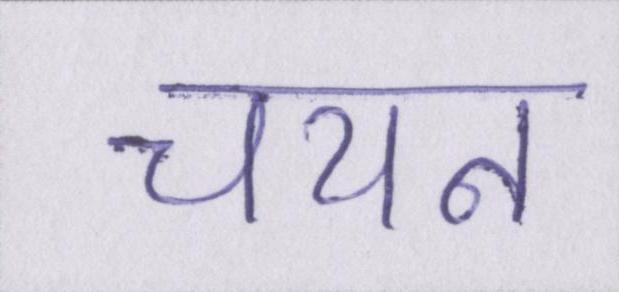
चयन